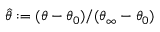
\hat { \theta } : = ( \theta - \theta _ { 0 } ) / ( \theta _ { \infty } - \theta _ { 0 } )